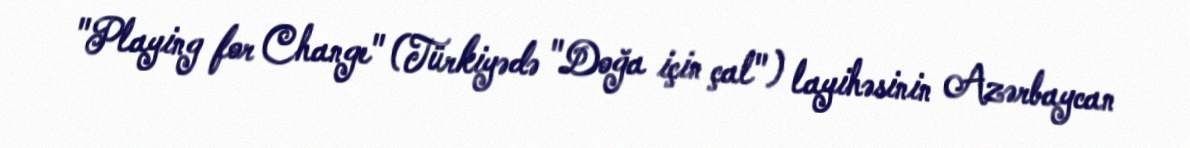
"Playing for Change" (Türkiyədə "Doğa için çal") layihəsinin Azərbaycan